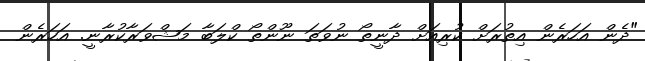
"ދެން އަހަރެން އިތުރަށް ކުރިއަށް ދާނީތޯ ނުވަތަ ނޫންތޯ ކްލަބާ މަޝްވަރާކުރާނީ. އަހަރެން